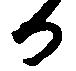
か